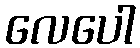
လေပေါ